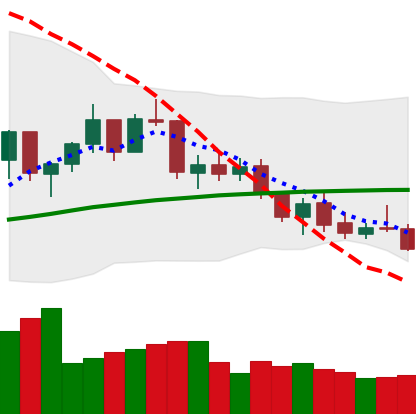
Ticker: ETH-USD
Chart end date: 2021-07-19
Forward return: 20.466%
Label: up_7plus